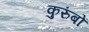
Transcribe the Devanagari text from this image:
कुरुंबों